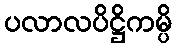
ပလာလပိဋ္ဌိကမ္ပိ